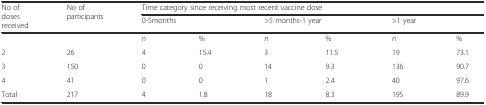
| <ROWSPAN=2> No of doses received | <ROWSPAN=2> No of participants | <COLSPAN=6> Time category since receiving most recent vaccine dose |
 | <COLSPAN=2> 0-5months | <COLSPAN=2> >5 months-1 year | <COLSPAN=2> >1 year |
 | --- | --- | --- | --- | --- | --- | --- | --- |
 |  |  | n | % | n | % | n | % |
 | 2 | 26 | 4 | 15.4 | 3 | 11.5 | 19 | 73.1 |
 | 3 | 150 | 0 | 0 | 14 | 9.3 | 136 | 90.7 |
 | 4 | 41 | 0 | 0 | 1 | 2.4 | 40 | 97.6 |
 | Total | 217 | 4 | 1.8 | 18 | 8.3 | 195 | 89.9 |